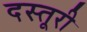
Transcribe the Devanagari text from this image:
दस्तूरी